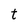
Character: t